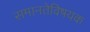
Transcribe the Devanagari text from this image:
समानतेविषयक